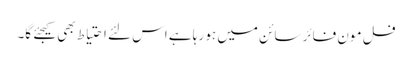
فل مون فائر سائن میں ہو رہا ہے اس لئے احتیاط بھی کیجئے گا۔